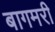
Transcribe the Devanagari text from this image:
बागमरी